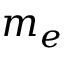
m _ { e }